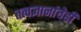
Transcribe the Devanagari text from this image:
तत्वज्ञानांचेही